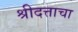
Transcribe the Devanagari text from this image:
श्रीदत्ताचा